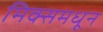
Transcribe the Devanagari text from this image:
मिक्समधून